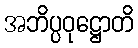
အဘိပ္ပဝုဋ္ဌောတိ